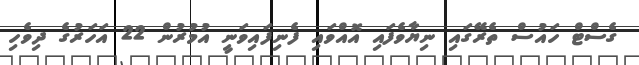
ގެސްޓް ހައުސް ތެރޭގައި ނިޔާވެފައި އޮއްވައި ފެނިފައިވަނީ އުމުރުން 22 އަހަރުގެ ދިވެހި